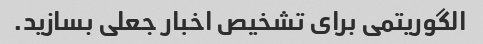
الگوریتمی برای تشخیص اخبار جعلی بسازید.